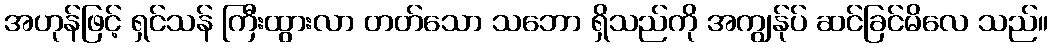
အဟုန်ဖြင့် ရှင်သန် ကြီးထွားလာ တတ်သော သဘော ရှိသည်ကို အကျွန်ုပ် ဆင်ခြင်မိလေ သည်။